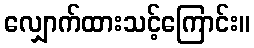
လျှောက်ထားသင့်ကြောင်း။